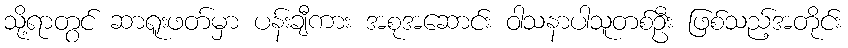
သို့ရာတွင် ဆာရူးဖတ်မှာ ပန်းချီကား အစုအဆောင်း ဝါသနာပါသူတစ်ဦး ဖြစ်သည့်အတိုင်း